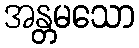
အန္တမသော